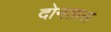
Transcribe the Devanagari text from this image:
दोनतास